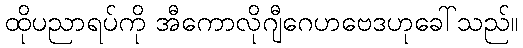
ထိုပညာရပ်ကို အီကောလိုဂျီဂေဟဗေဒဟုခေါ်သည်။